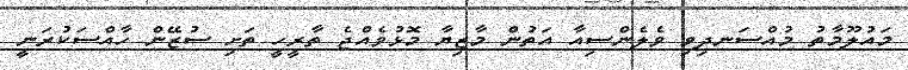
މައުލޫމާތު މުއްސަނދިވި ވެލެންސިއާ އަތުން މާޒިޔާ މޮޅުވެއްޖެ ތާރީހީ ތަށި ސުޒޭން ހާއްސަކުރަނީ